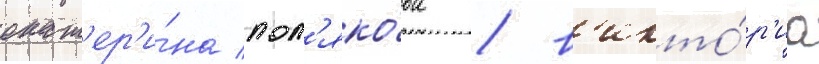
екат'ер'и́на пол'яко́ва / в'икто́р'иа